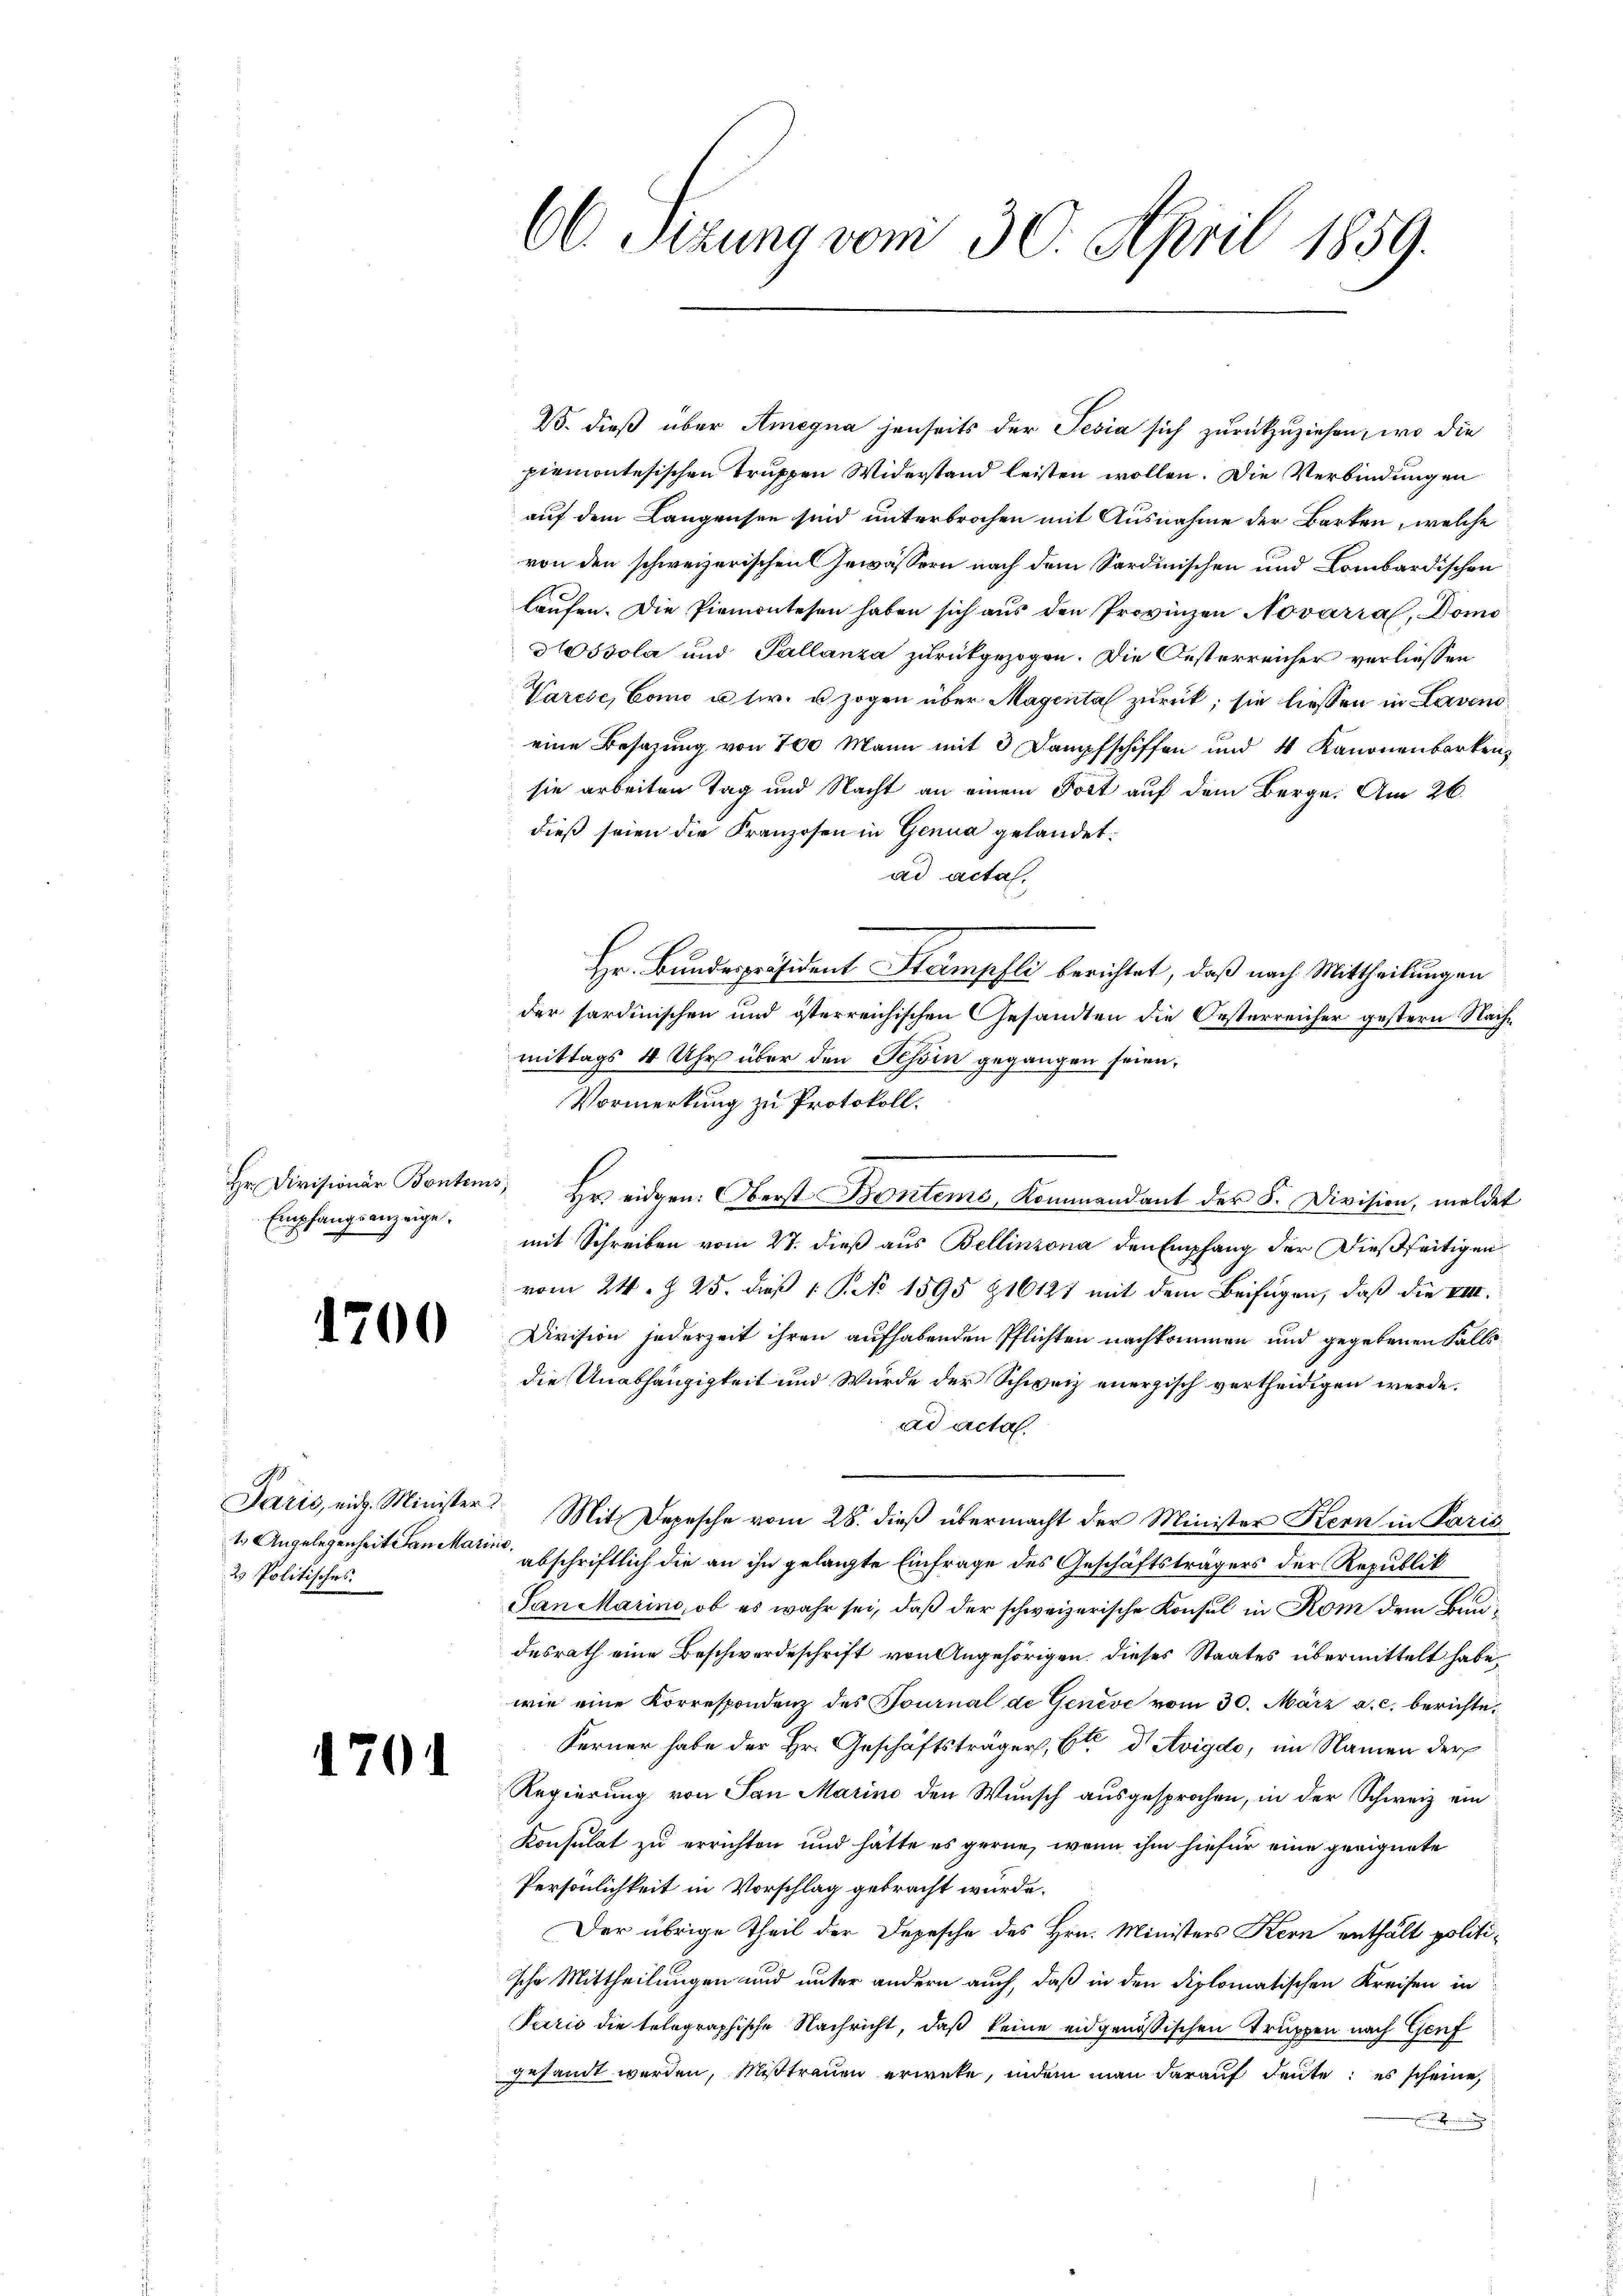
Hr. Divisionär Bontems,
Empfangsanzeige.

1700

2 Politisches

1701

C. Sitzung vom 30. April 1859.

B. dieß über Amegna jenseits der Tesia sich zurückzuziehen, wo die
piemontesischen Truppen Widerstand leisten wollen. Die Verbindungen
auf dem Langensee sind unterbrochen mit Ausnahme der Barten, welche
von den schweizerischen Gewässern nach dem Sardinischen und Lombardischen
laufen. Die Piemontesen haben sich aus den Provinzen Novarial, Domo
ssola und Pallanza zurückgezogen. Die Oesterreicher verliessen
Varese, Como u. fr. u zogen über Magental zurück; sie liessen in Lavend
eine Besazung von 700 Mann mit 3 Dampfschiffen und 4 Kanonenbarken,
sie arbeiten Tag und Nacht an einem Fort auf dem Berge. Am 26.
dieß seien die Franzosen in Genua gelandet.
ad acta.
Hr. Bundespräsident Stampfli berichtet, daß nach Mittheilungen
der sardinischen und österreichischen Gesandten die Oesterreicher gestern Nachmittags 4 Uhr über den Tessin gegangen seien,
Vormerkung zu Protokoll.
Hr. eidgen. Oberst Benteme, Kommandant der 8. Division, meldet
mit Schreiben vom 27. dieß aus Bellinzona den Empfang der dießseitigen
vom 24. Z. 25. dieß 1 S. No 1595 & 16121 mit dem Beifügen, daß die VIII.
Division jederzeit ihren aufhabenden Pflichten nachkommen und gegebenen Falle
die Unabhängigkeit und Würde der Schweiz enerzisch vertheidigen werde.
ad acta.
Paris, eidg. Minister! Mit Depesche vom 28. dieß übermacht der Minister Kern in Paris
1. Angelegenheit Landarin abschriftlich die an ihn gelangte Einfrage des Geschäftsträgers der Republik
San Marino, ob es wahr sei, daß der schweizerische Konsul in Rom dem Bundesrath eine Beschwerdeschrift von Angehörigen. Dieses Staates übermittelt habe,
wie eine Korrespondenz des Fournal de Genève vom 30. März a. c. berichte¬
Ferner habe der Hr. Geschäftsträger, Etr d' Avigdo, im Namen der
Regierung von San Marine den Wunsch ausgesprochen, in der Schweiz ein
Konsulat zu errichten und hätte es gerne, wenn ihm hiefür eine geeignete
Persönlichkeit in Vorschlag gebracht wurde.
Der übrige Theil der Depesche des Hrn. Ministers Kern enthält politische Mittheilungen und unter andern auch, daß in den diplomatischen Kreisen in
Pario die telegraphische Nachricht, daß keine eidgenössischen Truppen nach Genf
gesandt werden, Mißtrauen erwete, indem man darauf deute, es scheine,